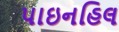
પાઇનહિલ